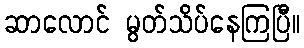
ဆာလောင် မွတ်သိပ်နေကြပြီ။